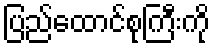
ပြည်ထောင်စုကြီးကို